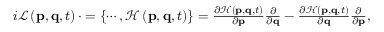
\begin{array} { r } { i \mathcal { L } \left( \mathbf { p } , \mathbf { q } , t \right) \cdot = \left\lbrace \cdots , \mathcal { H } \left( \mathbf { p } , \mathbf { q } , t \right) \right\rbrace = \frac { \partial \mathcal { H } \left( \mathbf { p } , \mathbf { q } , t \right) } { \partial \mathbf { p } } \frac { \partial } { \partial \mathbf { q } } - \frac { \partial \mathcal { H } \left( \mathbf { p } , \mathbf { q } , t \right) } { \partial \mathbf { q } } \frac { \partial } { \partial \mathbf { p } } , } \end{array}